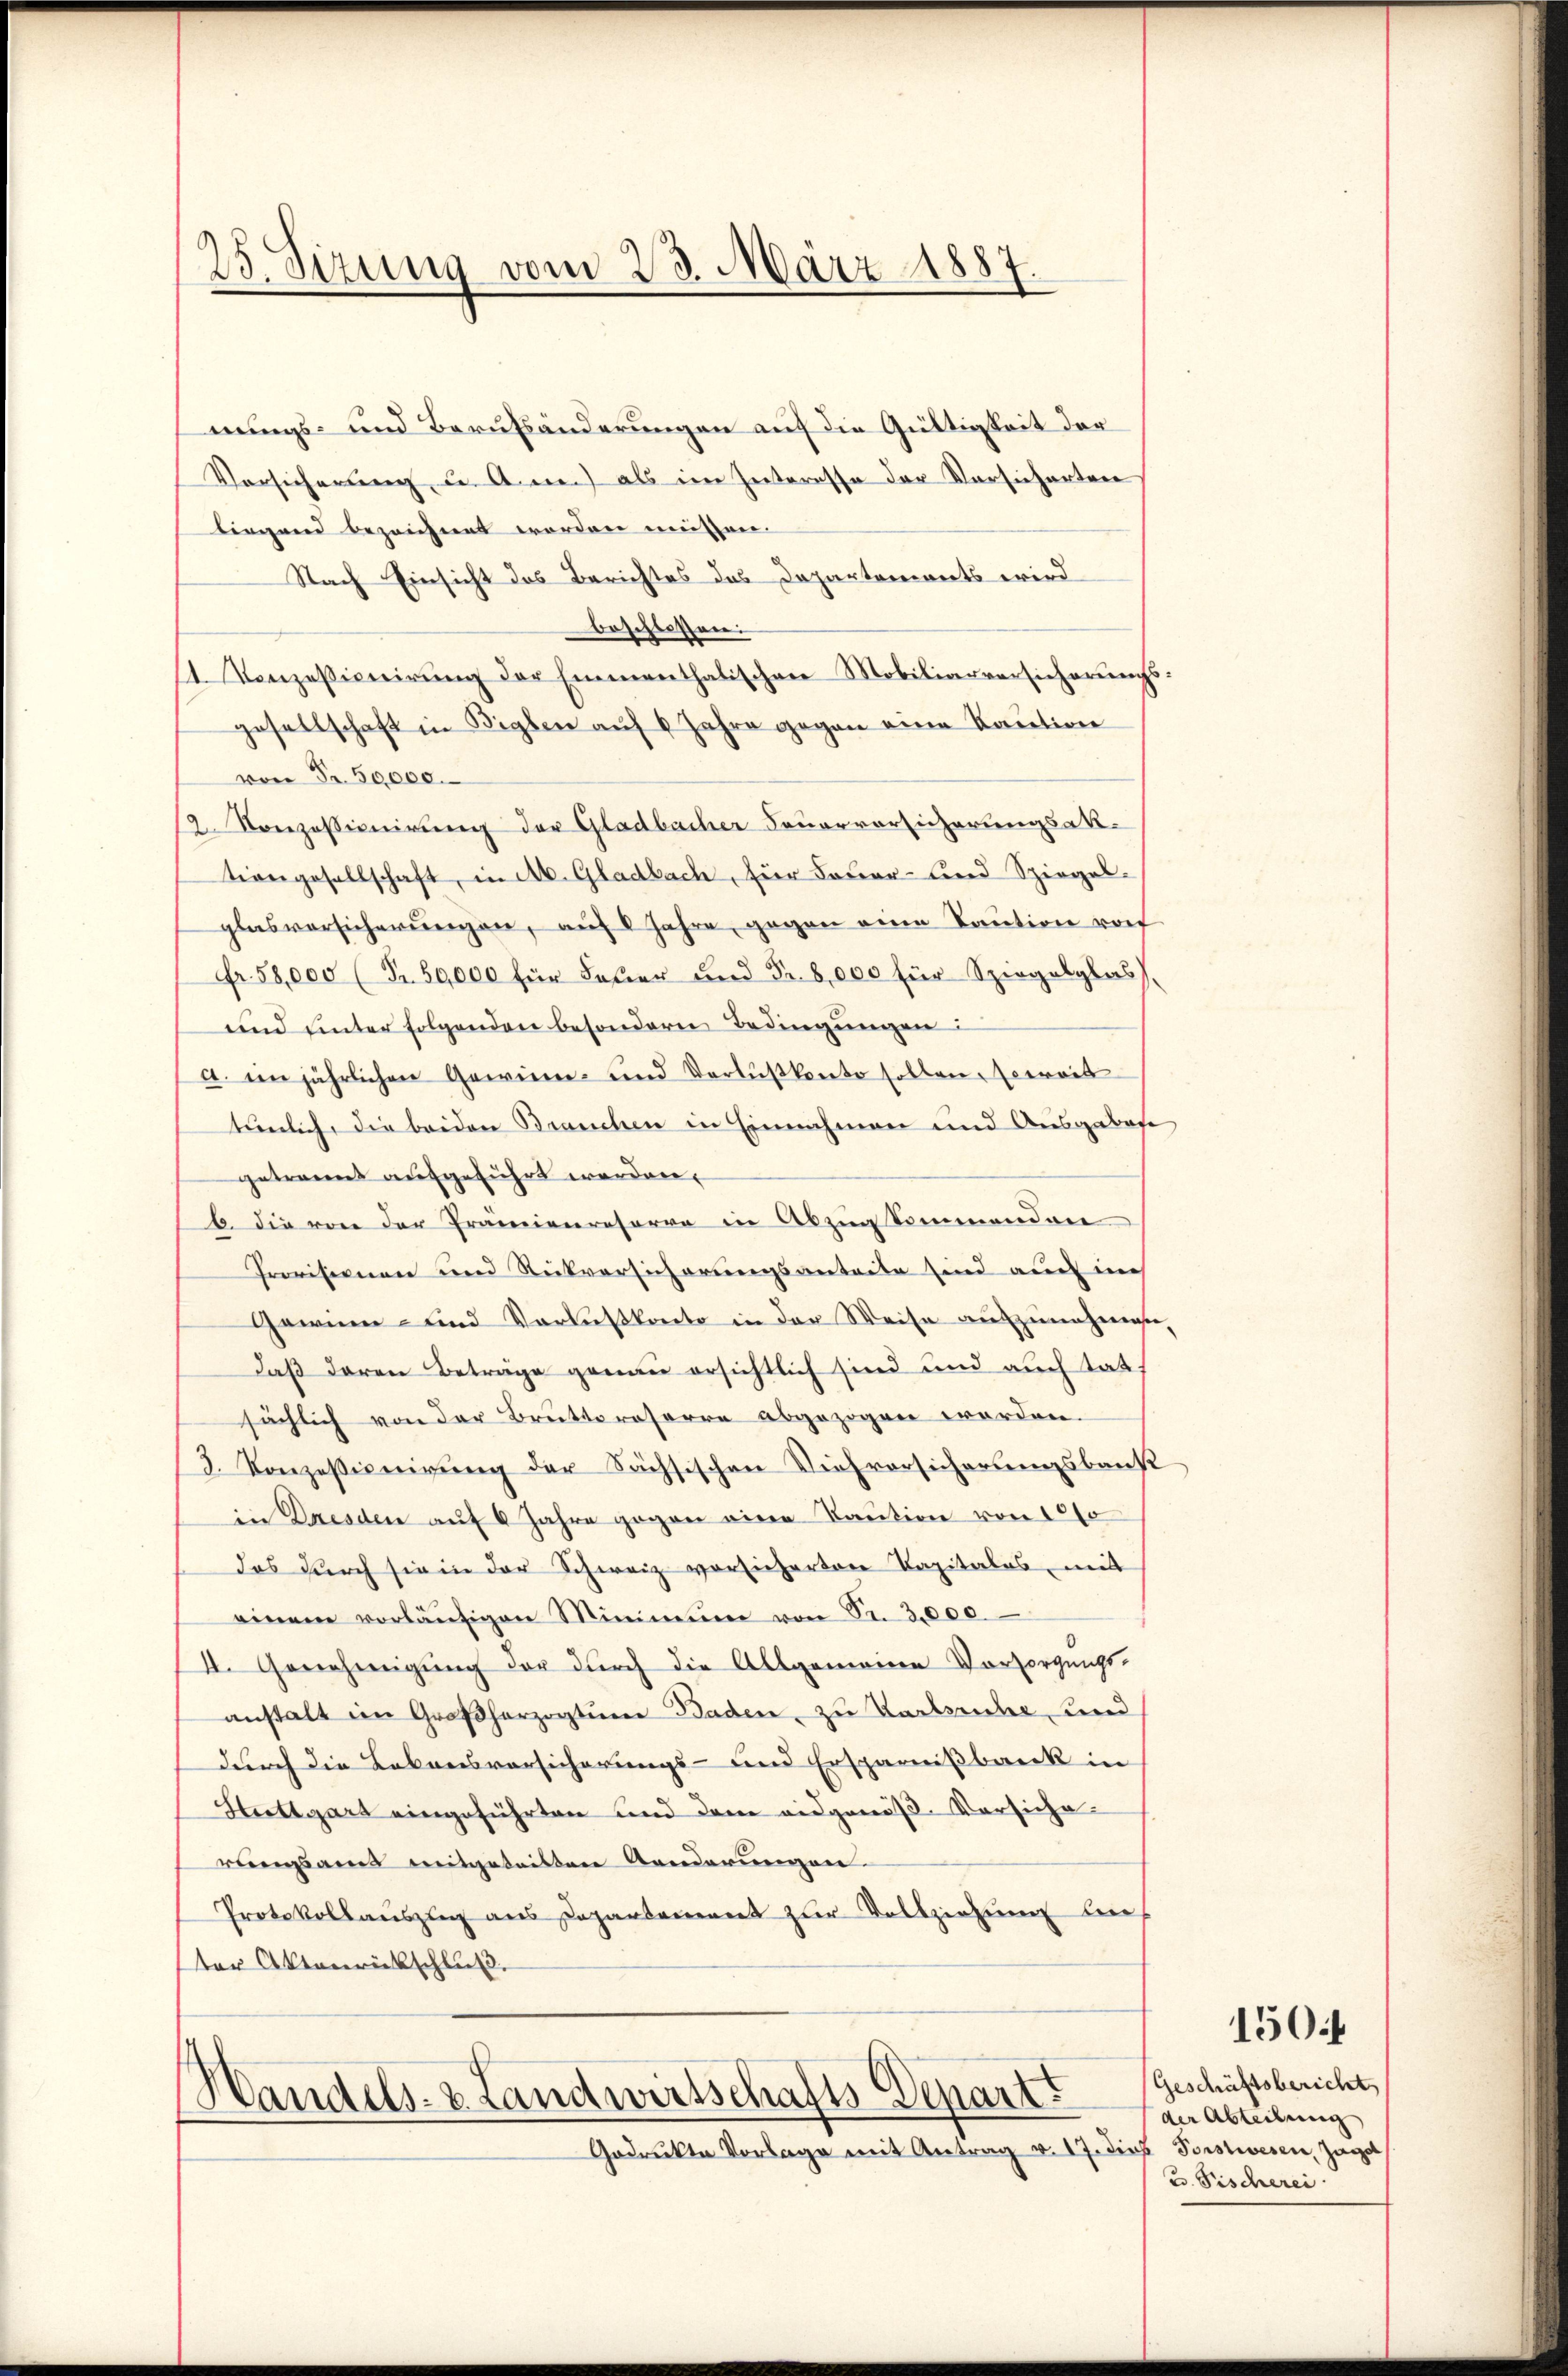
25 Sizung vom 23. März 1887

nungs- und Berufsänderungen auf die Gültigkeit der
Versicherung u. Annen als im Interesse der Versicherten
lirgend bezeichnet worden müssen.
Nach Einsicht das Berichtes das Departemonts wird
beschlossen:
1. Konzessionirung der Emmenthalischen Mobiliarversicherungsgesellschaft in Beglen auf 6 Jahre gegen eine Kaution
von Fr. 50,000.
2 Korezessionirung der Gladbacher Feuerversicherungsakt-
tiongesellschaft, in Ab. Gladbach, für Feuer- und Spiegel-
glasversicherungen, auf 8 Jahre, gegen eine Taution von
Fr. 58,000 (Fr. 50,000 für Feuer und Fr. 8,000 für Spiegelglas,
und unter folgenden besondern Bedingungen:
a. in jährlichen Gewinn- und Verlustkonto sollen Accrois
tunlich, die beiden Brauchen in Einnahmen und Ausgebote
getrennt aufgeführt werden.
b. die von der Prämienreserva in Abzug kommenden
Provisionen und Rückversicherungsantrite sind auch nich
Gewinn- und Verluskonto in der Weise aufzunehmen
daß deren Beträge genau ersichtlich sind und auch tats
sächlich von der Bruttoroserre abgezogen worden.
3. Konzessionirŭng der Sächsischen Viehversicherungsbaus
in Dresden auf 6 Jahre gegen eine Kaution von 1000
das durch sie in der Schweiz vorsicherten Kapitalas, mit
einem vorläŭfigen Minimum von Sr. 3000.
I. Genehmigung der durch die Allgemeine Vorsorgungs-
anstalt im Großherzogtum Baden, zu Karlsuche und
durch die Lebensvorsicherungs- und Ersparnißbank in
Stuttgart eingeführten und dem eidgenöß-Versicherungsam mitgeteilten Aenderungen
Protokollauszug aus Departement zur Vollziehung brief
ter Aktenrückschluß.

Handels- & Landwirtschafts-Depart.

Gedrukte Vorlage mit Antrag v. 17. dies Vorstwesen, Jagel

Geschäftsbericht
der Abteilung
3. Fischerei

1504